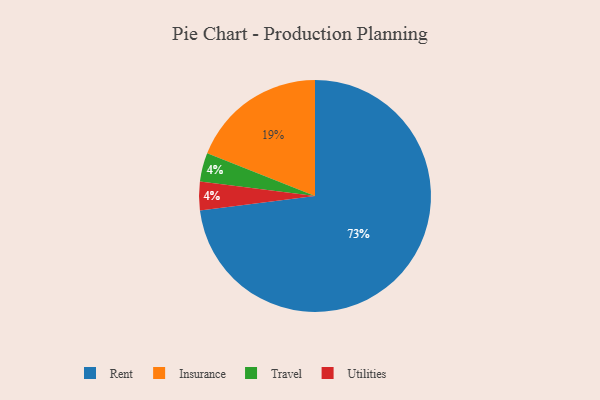
{"axis": {"x": "Category", "y": "Percentage"}, "legend": ["Insurance", "Rent", "Travel", "Utilities"], "data": [{"x": "Rent", "y": 73, "type": "Rent"}, {"x": "Travel", "y": 4, "type": "Travel"}, {"x": "Utilities", "y": 4, "type": "Utilities"}, {"x": "Insurance", "y": 19, "type": "Insurance"}]}